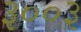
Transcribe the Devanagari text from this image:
३००३